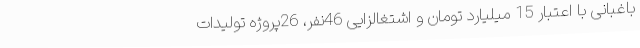
باغبانی با اعتبار 15 میلیارد تومان و اشتغالزایی 46نفر، 26پروژه تولیدات